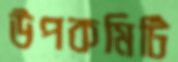
উপকমিটি